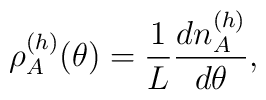
\rho^{(h)}_{A}(\theta)= \frac{1}{L}\frac{d n_A^{(h)}}{d \theta},